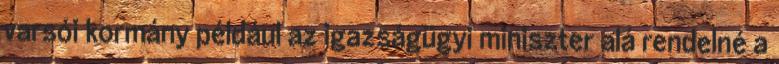
varsói kormány például az igazságügyi miniszter alá rendelné a